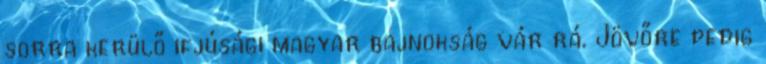
sorra kerülő ifjúsági magyar bajnokság vár rá. Jövőre pedig